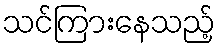
သင်ကြားနေသည့်